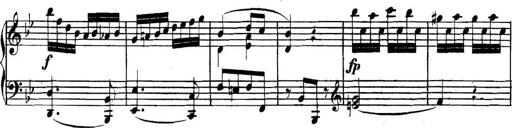
Title: Collected Piano Sonatas
Composer: Muzio Clementi